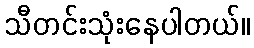
သီတင်းသုံးနေပါတယ်။